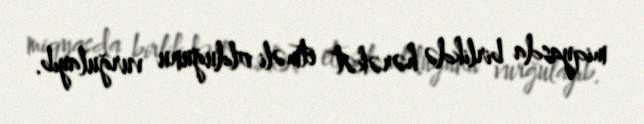
miqyasda birlikdə hərəkət etməli olduğunu vurğulayıb.